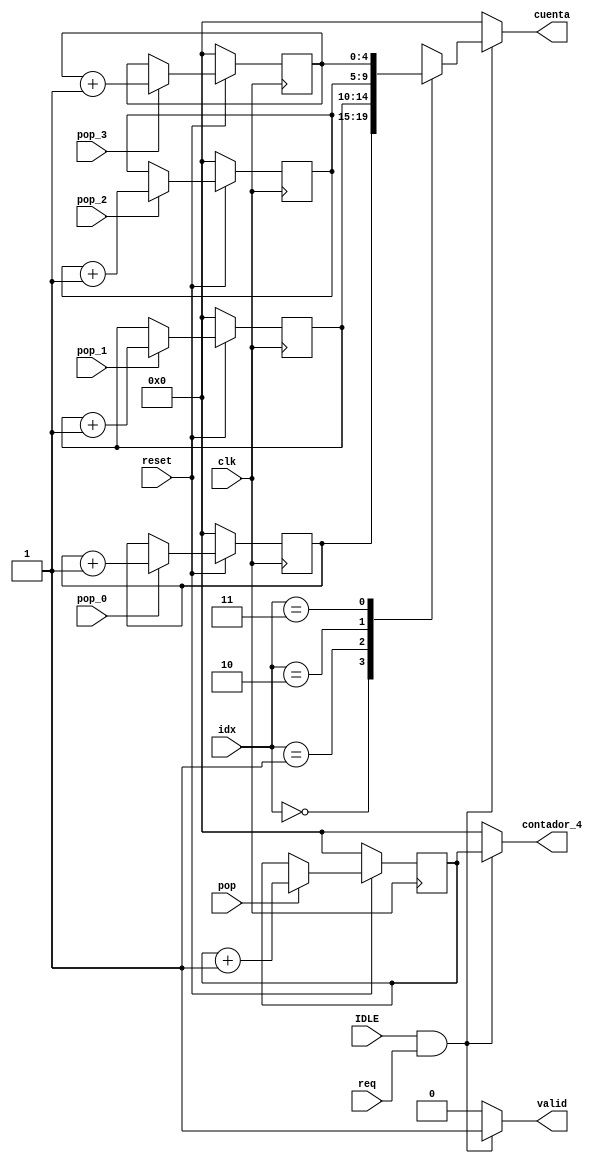
module contador #(
    // Cantidad de FIFOS de la etapa de salida
    parameter FIFO_UNITS = 4,
    // Cantidad de bits necesarios para acceder cada FIFO
    // INDEX = log2(FIFO_UNITS)
    parameter INDEX = 2
) (
    input clk,
    input reset,
    input req,
    input [INDEX-1:0] idx,
    input IDLE,
    input pop,
    input pop_0,
    input pop_1,
    input pop_2,
    input pop_3,
    output reg [4:0] cuenta,
    output reg [4:0] contador_4,
    output reg valid
);
    // Se crean los registros intermedios counter
    reg [4:0] counter_0;
    reg [4:0] counter_1;
    reg [4:0] counter_2;
    reg [4:0] counter_3;
    reg [4:0] counter_4;

    always @(posedge clk) begin
        if(reset == 0) begin
            counter_0 <= 0;
            counter_1 <= 0;
            counter_2 <= 0;
            counter_3 <= 0;
            counter_4 <= 0;
        end    
        else begin  
            if(pop_0) counter_0 <= counter_0 + 1;

            if(pop_1) counter_1 <= counter_1 + 1;

            if(pop_2) counter_2 <= counter_2 + 1;

            if(pop_3) counter_3 <= counter_3 + 1;

            if(pop) counter_4 <= counter_4 + 1;
        end
    end

    // IDLE: Todos los FIFOs estn vacos. Salida IDDLE en 1 slo en este estado. 
    // Cambia a ACTIVE al tener un FIFO no vaco
    always @(*) begin
        // ya se realiz un ciclo de IDLE, as que las cuentas 
        // guardan los valores de las palabras que salieron de cada FIFO
        if (IDLE & req) begin // ahora estamos vacos y queremos saber la cuenta 
            case (idx)
                2'b00: cuenta = counter_0;
                2'b01: cuenta = counter_1;
                2'b10: cuenta = counter_2;
                2'b11: cuenta = counter_3;
            endcase
            valid = 1;
            contador_4 = counter_4;

        end
        // Caso contrario: no se han sacado todos los valores 
        //  y no se ha requerido valores entonces no se indica la cuenta
        else begin
            cuenta = 0;
            contador_4 = 0;
            valid = 0;
        end
    end
endmodule